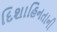
દિશાહિનતાની